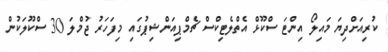
ކުރިއަށްދިޔަ މައިލޯ އިންޓަ ސްކޫޅް އެތްލެޓިކްސް ޗެމްޕިއަންޝިޕުގައި މިފަހަރު ޖުމްލަ 30 ސްކޫލަކުން